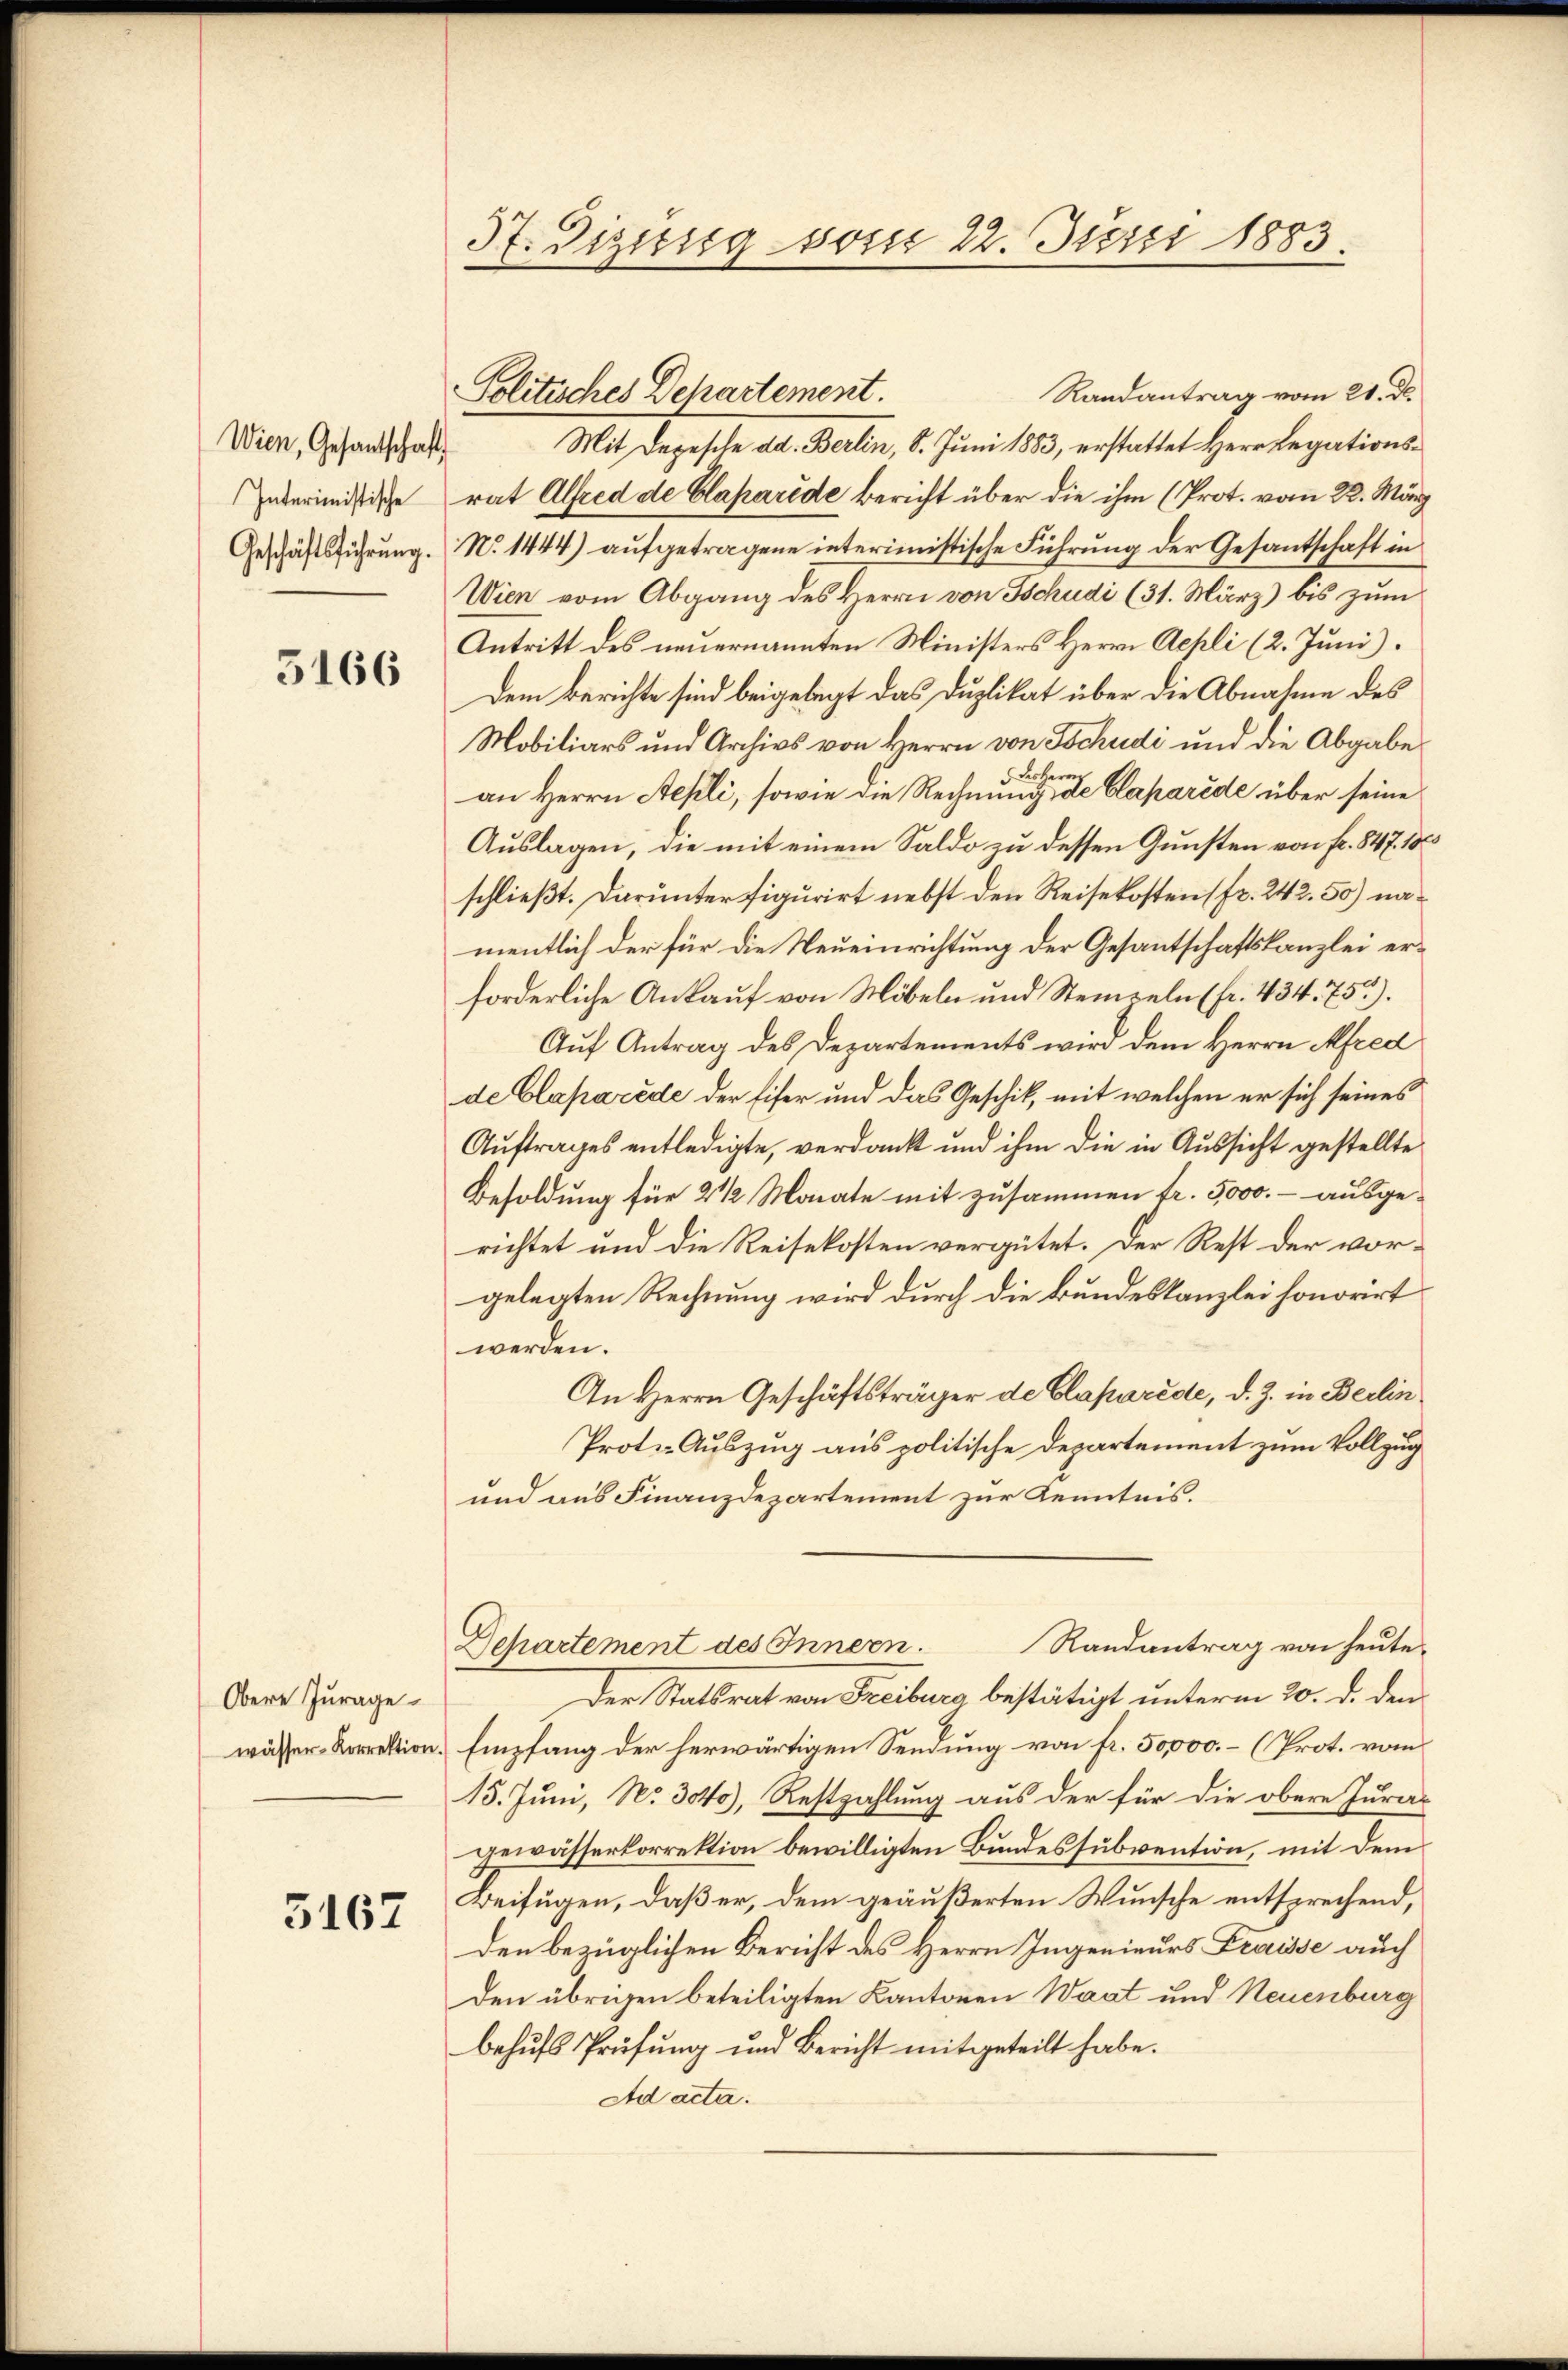
3166

5167

Wien, Gesantschaft

Obere Jurage.

37. Digung vom 22. Juni 1883.

Randantrag vom 21. d.
Mit Depesche ad. Berlin, 8. Juni 1883, erstattet Herr Legations¬
Zukerimistische rat Alfred de Claparede bericht über die ihm (Prot. vom 22. März
Geschäftsführung. No. 1444) aufgetragene interimistische Führung der Gesantschaft in
Wien vom Abgang des Herrn von Tschudi (31. März) bis zum
Antritt des neuernannten Ministers Herrn Appli (2. Juni).
Dem Berichte sind beigelegt das Duplikat über die Abnahme des
Mobiliars und Archivs von Herrn von Tschudi und die Abgabe
Lohe
an Herrn Stehli, sowie die Rechnung des Caparéde über seine
Auslagen, die mit einem Saldo zu dessen Gunsten von fr. 847. 188
schließt. Darunter figurirt nebst den Reisekosten (fr. 242. 50) namentlich der für die Neueinrichtung der Gesantschaftskanzlei erforderliche Ankauf von Möbeln und Steinzeln (fr. 434. 75).
Auf Antrag des Departements wird dem Herrn Afred
de Claparede der Eifer und das Geschik, mit welchen er sich seines
Auftrages entledigte, verdank und ihm die in Aussicht gestellte
Besoldung für 2 1/2 Monate mit zusammen fr. 5000.- ausgerichtet und die Reisekosten vergütet. Der Rest der vorgelegten Rechnung wird durch die Bundeskanzlei honorirt
werden.
An Herrn Geschäftsträger de Claparede, d. J. in Berlin
Prote-Auszug aus politische Departement zum Vollzug
und aus Finanzdepartement zur Kenntnis.
Randantrag von heute.
Departement des Innern.
Der Statsrat von Freiburg bestätigt unterm 20. d. den
wässer Korrektion. Empfang der herwärtigen Sendung von fr. 50,000.- (Prot. vom
15. Juni, N. 3040), Restzahlung aus der für die obere Jura-
gewässerkorrektion bewilligten Bundessubvention, mit dem
Beifügen, daß er, dem geäußerten Wunsche entsprechend,
den bezüglichen Bericht des Herrn Ingenieurs Fraisse auch
Den übrigen beteiligten Kantonen Waat und Neuenburg
behufs Prüfung und Bericht mitgeteilt habe.
Ad acta.

Politisches Departement.